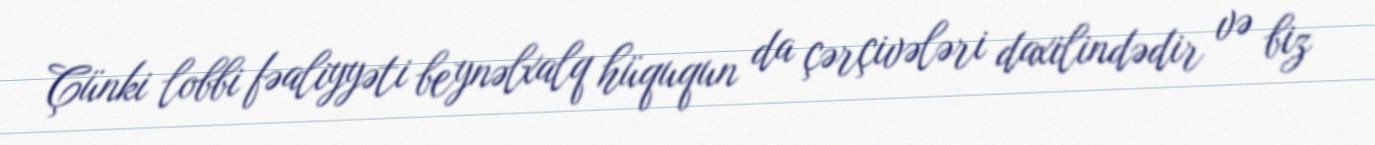
Çünki lobbi fəaliyyəti beynəlxalq hüququn da çərçivələri daxilindədir və biz